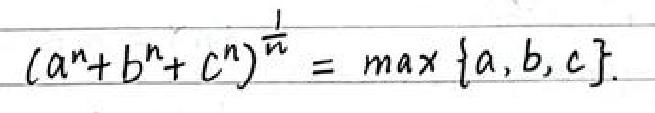
\((a^{n}+b^{n}+c^{n})^{\frac{1}{n}}=\max\{a,b,c\}\)